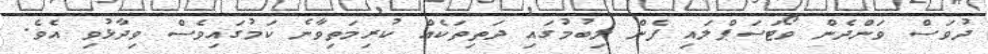
ދުވަސް ވަންދެން ވޯޓަސަޕްލައި ފެން ލިބުމުގައި ދަތިތަކެއް ކުރިމަތިވާނެ ކަމުގައިވެސް ވިދާޅުވި އެވެ.